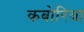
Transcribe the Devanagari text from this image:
कबोरिया